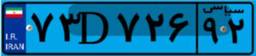
۳۵D۵۹۱۷۰